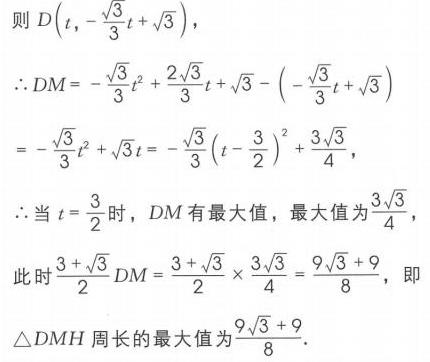
则\(D\left(t,-\frac{\sqrt{3}}{3}t + \sqrt{3}\right)\)，
\(\therefore DM=-\frac{\sqrt{3}}{3}t^{2}+\frac{2\sqrt{3}}{3}t+\sqrt{3}-\left(-\frac{\sqrt{3}}{3}t+\sqrt{3}\right)\)
\(=-\frac{\sqrt{3}}{3}t^{2}+\sqrt{3}t = -\frac{\sqrt{3}}{3}\left(t - \frac{3}{2}\right)^{2}+\frac{3\sqrt{3}}{4}\)，
\(\therefore\)当\(t = \frac{3}{2}\)时，\(DM\)有最大值，最大值为\(\frac{3\sqrt{3}}{4}\)，
此时\(\frac{3 + \sqrt{3}}{2}DM=\frac{3 + \sqrt{3}}{2}\times\frac{3\sqrt{3}}{4}=\frac{9\sqrt{3}+9}{8}\)，即
\(\triangle DMH\)周长的最大值为\(\frac{9\sqrt{3}+9}{8}\).